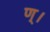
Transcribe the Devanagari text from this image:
ण्।